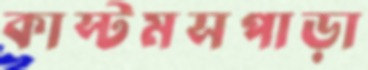
কাস্টমসপাড়া